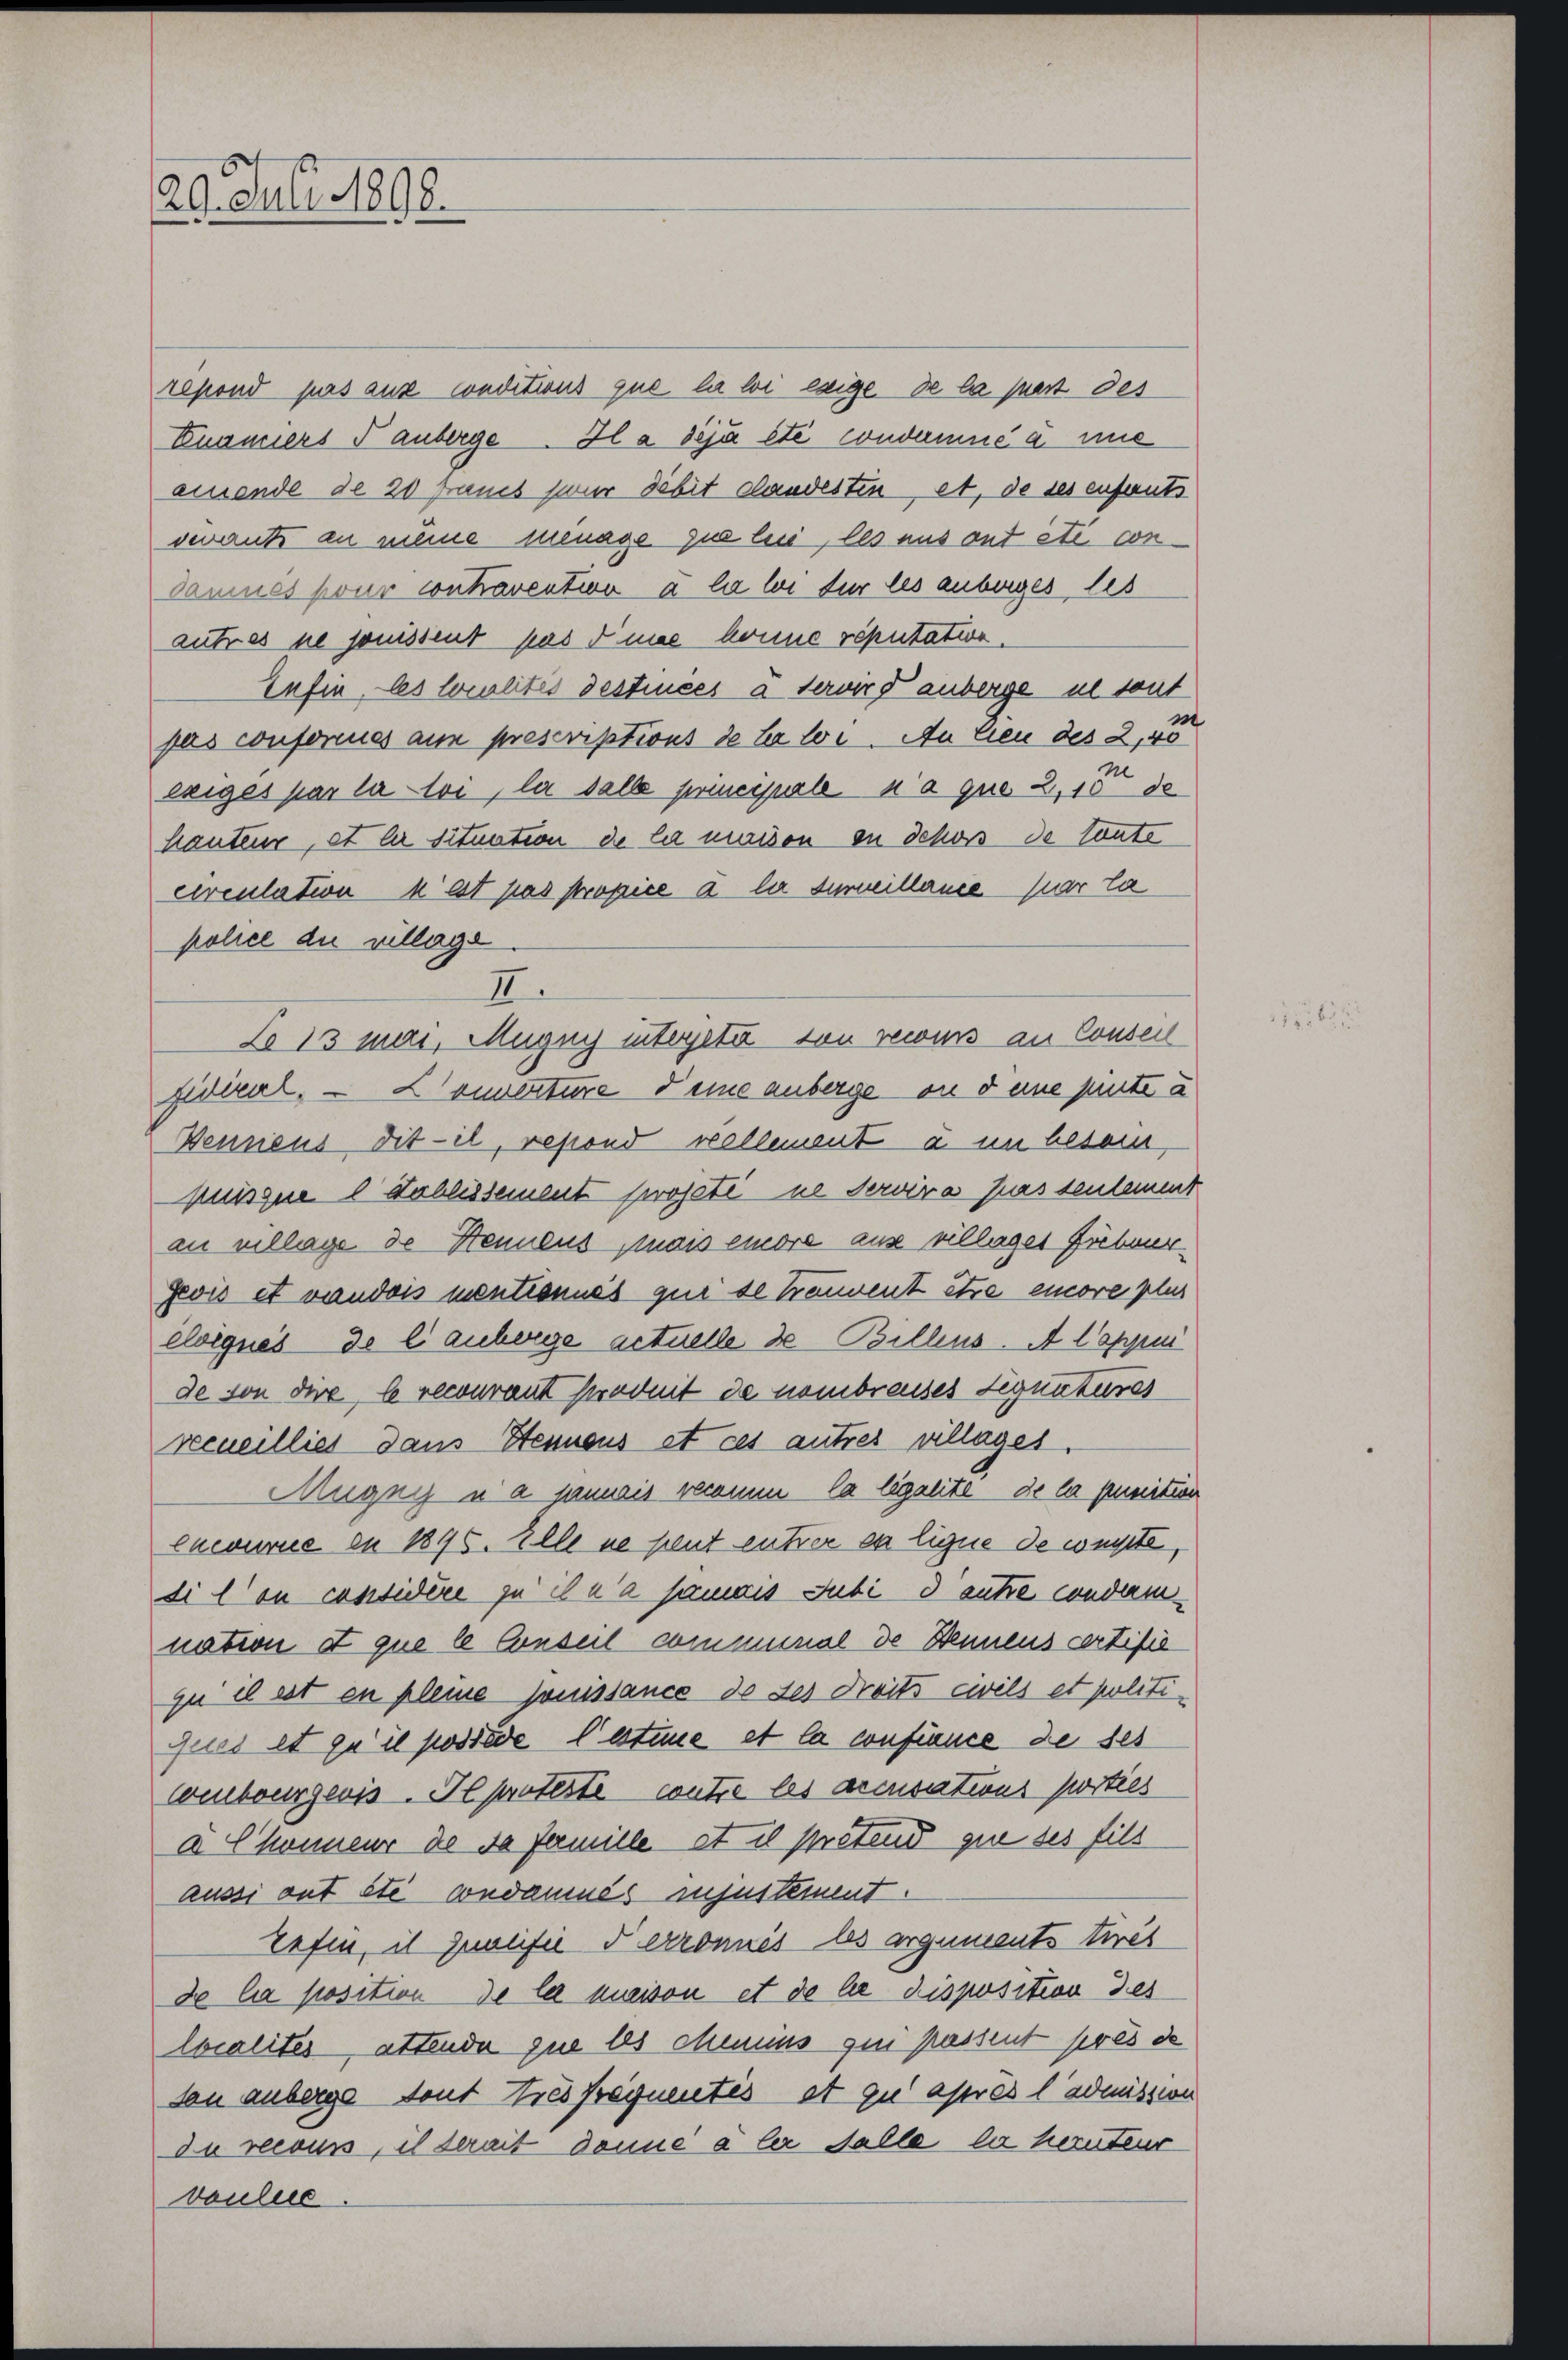
29. Juli 1898.

repond pas aux conditius que la loi esige de la part des
Enamiers F anberge. Il a déjà été condamné à une
einende de 20 Francs zwar debit landesten, et, de ses enfants
vevant an meine minage zu leis, les uns ont été con
damnes pour controventio a la li für les anberges les
autres ne jouissent pas d’une höre reputation.
Enfin, les localités destinces a derwird anberge in sont
s
pas conformes aus prescriptions de la loi. An den des 2,40
exiges par la loi, la dalle principale n’a quo 2, 15 de
Kauteur, et er situation de la machen in Schoss de taute
circulation u est pas propice a la surveillance par la
police die village
fiderat. — L’ouverture deine anberge in d eine perte u
Bennens dit-il, repond vellement a im besor
misgue 1 Hablissement projeté ne servira passenleinen
an village de Hennens mais enore aus villages Fieben.
geois et vaudois mentionnés qui se trouvent etwa encore plus
eliques de lanberge actuelle de Billens. A Cappui
de von dere, le recourant produit de nombreuses Signatures
Sceneilliet dans Stennens et ces autres villages,
Mugny ua janweis recanum Ca legalité de la punition
Cncourie in 1875. Elle ne peut entrer da Eigne de compte
di Con considère zu il n’a jamais subi d autre condamnation et que le Conseil communal de Dennens certifié
zu il ist in kleine jouissance des des Dreits civils et politigues et zu il possède lastune et la confiance de ses
Combourgeois. Il proteste contre les accusations porties
a Chonneur de sa famille et il pretend que des fils
aussi aut ste condammes injustement.
tefen, in Zweifie d erronnes les argensents tret
de la position de la maison et de le disposition des
localites attende que les Memins zu passent pres de
von anberge tout tres frequentis et zu après l’admission
de recouss, il derait danne a ler Falle la heruteur
voulue

II.
Lo 13 Mai, Mugny intereté von recurs an Conseil